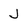
Character: J